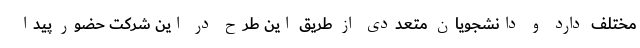
مختلف دارد و دانشجویان متعددی از طریق این طرح در این شرکت حضور پیدا